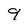
Character: 9